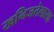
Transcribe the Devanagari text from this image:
खनिजतेलासह